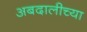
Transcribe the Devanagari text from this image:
अबदालीच्या